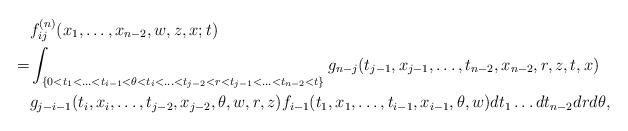
LaTeX: \begin{align*}& f_{ij}^{(n)}(x_1,\ldots,x_{n-2},w,z,x;t) \\=& \int_{\{0<t_1<\ldots<t_{i-1}<\theta<t_i<\ldots< t_{j-2}<r<t_{j-1}<\ldots<t_{n-2}<t\}} g_{n-j}(t_{j-1},x_{j-1},\ldots,t_{n-2},x_{n-2},r,z,t,x) \\& g_{j-i-1}(t_{i},x_{i},\ldots,t_{j-2},x_{j-2},\theta,w,r,z) f_{i-1} (t_1,x_1,\ldots,t_{i-1},x_{i-1},\theta,w) dt_1 \ldots dt_{n-2}drd\theta,\end{align*}